system: You are a helpful assistant.
user:
Analyze the provided spectrum to determine if it is a **White Dwarf (WD)**.

A White Dwarf spectrum is defined by its **extreme purity** (due to gravitational settling) and/or **extreme pressure broadening** (due to high surface gravity). You must check for one of the following mutually exclusive signatures:

- **Key Visual Indicators (Check for ONE of these types):**

    - **1. DA-Type Signature (Most Common):**
        - **(Primary Feature):** Extreme pressure broadening (Stark broadening) of the **Hydrogen (H) Balmer lines**.
        - **(Key Lines):** $H\beta$ (approx. $4861$ Å) and $H\gamma$ (approx. $4340$ Å). $H\alpha$ (approx. $6563$ Å) will also be present if the wavelength range covers it.
        - **(Line Profile):** This is the **defining feature**. The lines are **NOT** sharp. They appear as massive, **extremely broad and deep "troughs" or "dips"** in the spectrum, often hundreds of Ångströms wide. The continuum will appear to "scoop" down at these wavelengths.
        - **(Distinction):** Normal A-type or B-type stars have *narrow* and *sharp* Hydrogen lines. A DA White Dwarf's lines are unmistakably "smeared" or "blurry" from pressure.

    - **2. DB-Type Signature:**
        - **(Primary Feature):** Broad absorption lines from **Neutral Helium (He I)**. The spectrum must lack any visible Hydrogen lines.
        - **(Key Lines):** Look for broad absorption near $4471$ Å, $4921$ Å, and $5876$ Å.
        - **(Line Profile):** These lines are also significantly pressure-broadened, appearing much wider than they would in a normal B-type main-sequence star.

    - **3. DC-Type Signature:**
        - **(Primary Feature):** A **featureless continuous spectrum**.
        - **(Line Profile):** The spectrum is a smooth curve with **no significant absorption or emission lines**.
        - **(Key Confirmation):** The continuum is almost always **blue or white**, indicating a hot object. This signature implies the atmosphere is so pure (or so cool) that no spectral lines are visible in the optical range. Its WD identity is confirmed by its extremely low intrinsic brightness (high absolute magnitude).

    - **4. DZ-Type Signature (Metal-Polluted):**
        - **(Primary Feature):** **Isolated, narrow metal absorption lines** on an otherwise featureless (DC-like) continuum.
        - **(Key Lines):** The **Calcium (Ca II) H & K doublet** (approx. **$3934$ Å** and **$3968$ Å**) is the most common and defining feature.
        - **(Line Profile):** These lines are "out of place." They are *not* part of a "forest" of thousands of lines. This signature is evidence of recent *accretion* (pollution) from rocky debris.
        - **(Distinction):** Normal G/K/M stars have a *dense forest* of thousands of metal lines. A DZ has a *clean* continuum with *only a few* strong metal lines.

    - **5. DQ-Type Signature (Carbon-Polluted):**
        - **(Primary Feature):** Absorption bands from **Carbon (C₂ "Swan Bands" or atomic C I)**.
        - **(Key Lines - C₂):** Look for bandheads with a "saw-tooth" shape near $5635$ Å, **$5165$ Å** (strongest), and $4737$ Å.
        - **(Key Confirmation):** The underlying **continuum must be blue or white** (hot).
        - **(Distinction):** This is the critical difference from a **Carbon Star**, which has the *exact same* C₂ bands but on an extremely **red, cool** continuum.

- **(Overall Spectrum):**
    - The continuum (overall shape) is typically **blue-sloping** (brighter in the blue than the red), as most white dwarfs are very hot.
    - The spectrum will look "pure" or "simple," dominated by only *one* of the five signatures listed above.

Think first, call **spectral_visualization_tool** if needed to examine features in detail, then provide your final answer. Your response must adhere to the following strict rules:
1.  **Overall Structure:** Your response must follow the format `<think>...</think> <tool_call>...</tool_call> (if a tool is used) <answer>...</answer>`.
2.  **Tool Usage Constraint:** You may only make **one** tool call per turn.
3.  **Final Answer Format:** In the `<answer>` tag, your conclusion must be inside a `\boxed{}` command (e.g., `\boxed{YES}` or `\boxed{NO}`), followed by your justification.

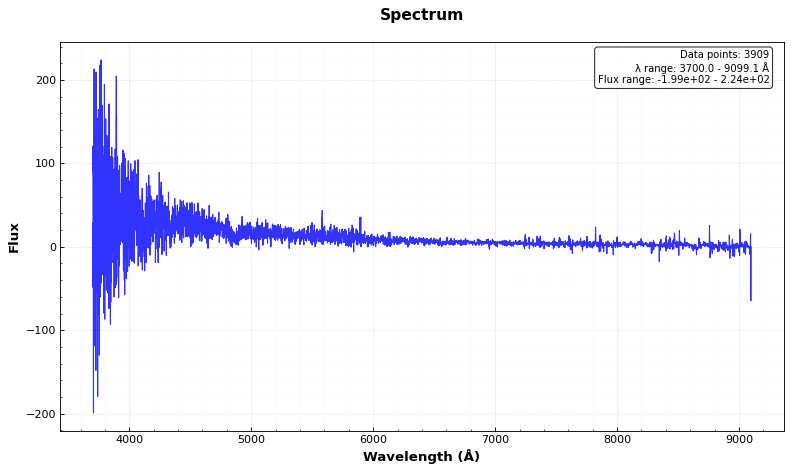
Answer: YES